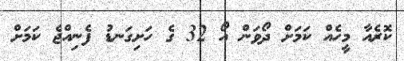
ކޮރެއާ މީހެއް ކަމަށް ދޯވަން އޯ 32 ގެ ހަށިގަނޑު ފެނިއްޖެ ކަމަށް